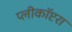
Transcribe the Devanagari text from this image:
प्लीकॉप्टरा